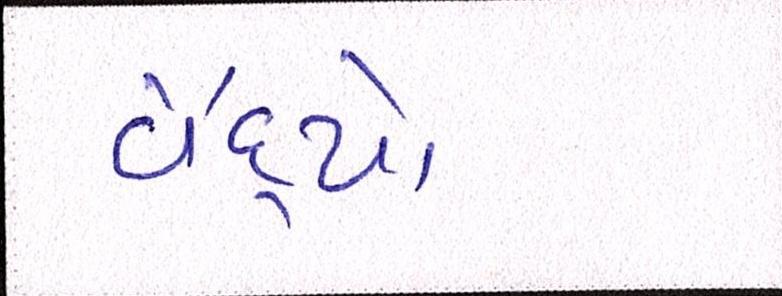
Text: વૈદ્યો